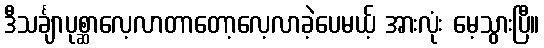
ဒီသင်္ချာပုစ္ဆာလေ့လာတာတော့လေ့လာခဲ့ပေမယ့် အားလုံး မေ့သွားပြီ။